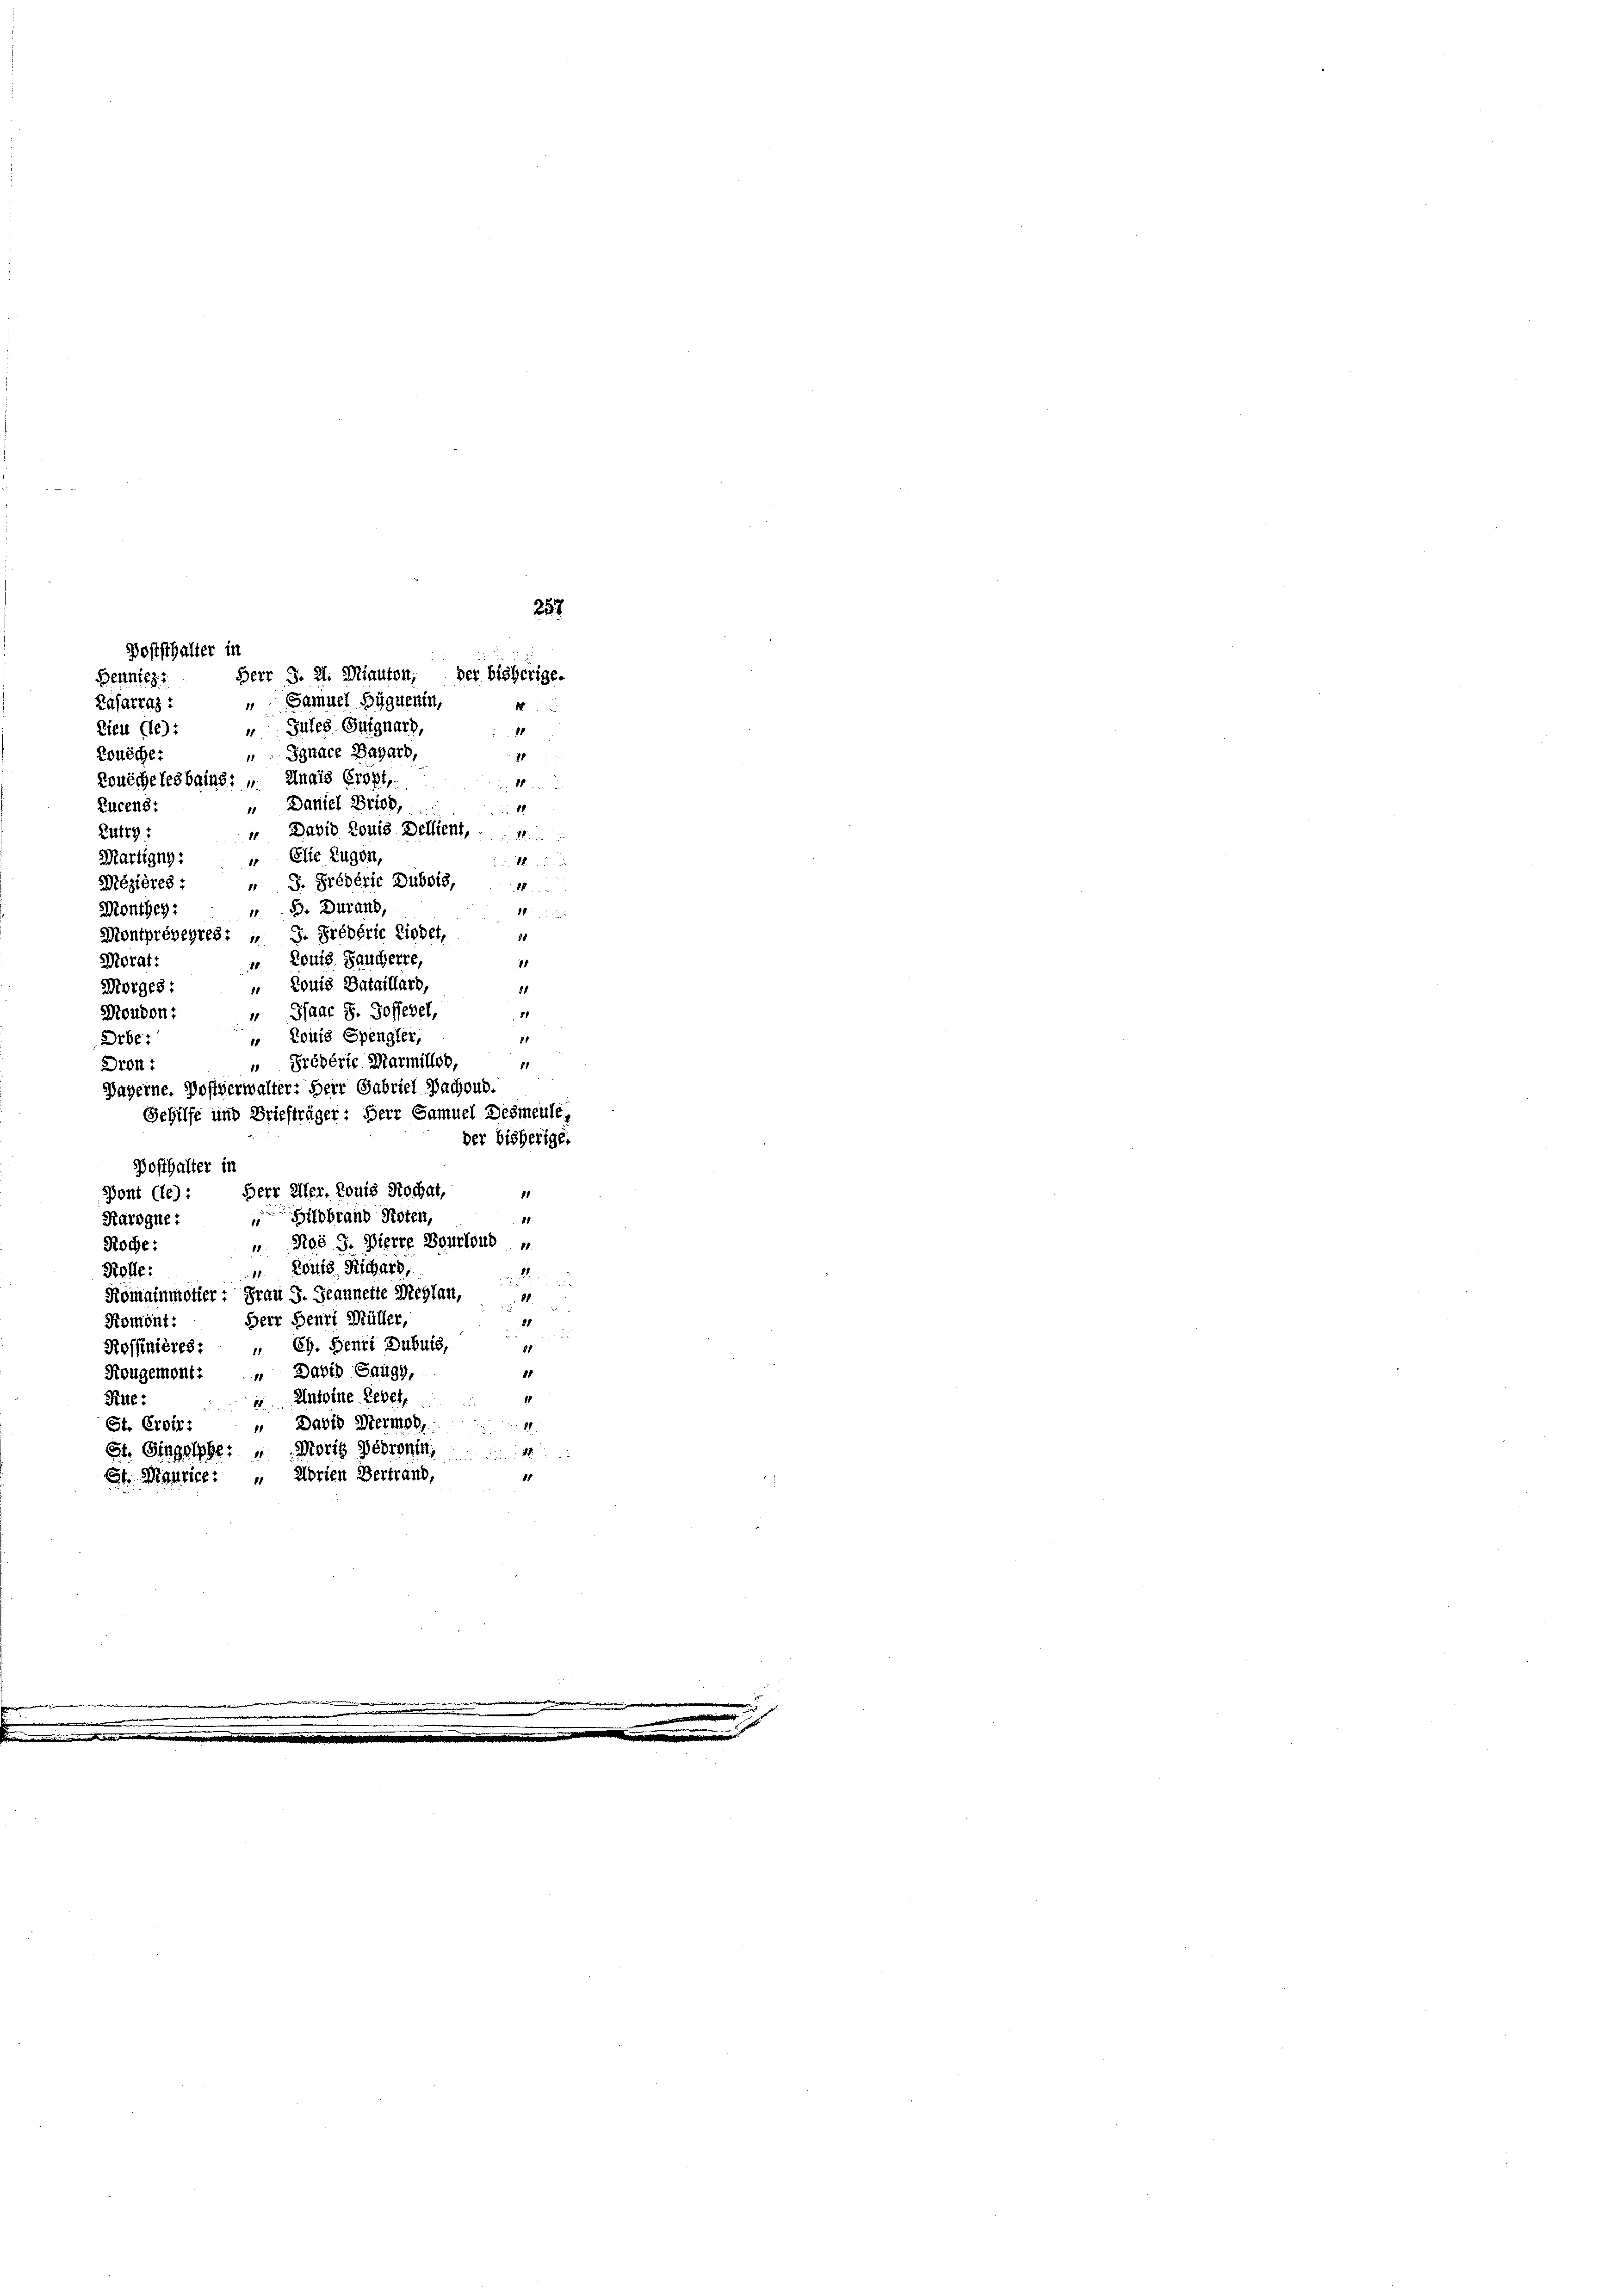
Mézières:
 B. Brand,
Monthey:
Montprépeyres: „ J. Prébéric Liedet,
 Louis Baucherre,
„ Louis Bataillard,
" Paar 8. Hofferet,
„ Louis Spengler,
„ Prévérir Marmitlob,
Bayerne. Postverwalter: Herr Gabriel Bachoud.
Gehilfe und Briefträger: Herr Samuel Desmeule,

257
Herr J. 2. Miauton, der bisherige-
Lafarraz : „Samuel Büguenin,
4

11
St. Maurice. " Arien Vertrand,

Doststhalter in
Bennicz
Gules-Gutgnard,
Tieu (le):
11
11
 Jgnace Bahart,
Konöche:
7
Rouéchelesbains: „ Znais Cropt,
16
" Daniel Brief,
Lucens:
18
Zurg:
 Elle Zugen,
Martigny:
u. 1 u.
1
88
Morat:
1
Morges
15
Moudon:
88
81
Orbe:
81.
Dron
der bisherige.
Posthalter in
Pont (le): Herr Aler. Louis Rochat,
18
Harogne: „ Hildbrand Roten,
.
" Rgs J. Pierre Beurlaub u
Roche:
 Louis Richars,
Kolle:
21.
Romainmotier: Frau G. Jeannette Mehlen,
11
Herr Henri Müller,
Romönt:
21
85
Rossinières: „ Ch. Senti Dubuis,
Nougemont: „ David Saugg,
8
Antoine Lebet,
Klle:
a
1

St. Eroir: „ David Hermeh
St. Gingolphe: „Moris Debronin,

" David Louis Dellient,
" J. Grédéric Dubois, 4